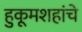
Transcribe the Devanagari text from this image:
हुकूमशहांचे